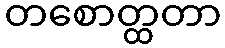
တစောတ္ထတာ